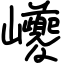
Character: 巙